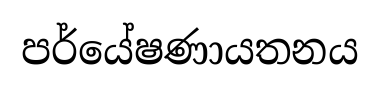
පර්යේෂණායතනය